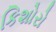
કિશોરો